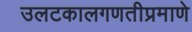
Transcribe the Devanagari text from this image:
उलटकालगणतीप्रमाणे